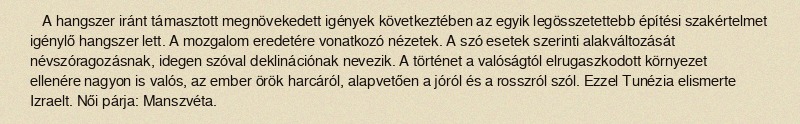
A hangszer iránt támasztott megnövekedett igények következtében az egyik legösszetettebb építési szakértelmet igénylő hangszer lett. A mozgalom eredetére vonatkozó nézetek. A szó esetek szerinti alakváltozását névszóragozásnak, idegen szóval deklinációnak nevezik. A történet a valóságtól elrugaszkodott környezet ellenére nagyon is valós, az ember örök harcáról, alapvetően a jóról és a rosszról szól. Ezzel Tunézia elismerte Izraelt. Női párja: Manszvéta.